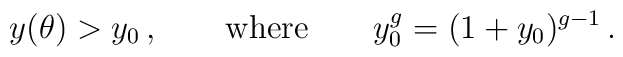
y(\theta) > y_0 \,, \qquad {\rm where} \qquad  y_0^g = (1+y_0)^{g-1} \,.